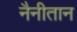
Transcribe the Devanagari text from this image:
नैनीतान